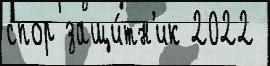
спор защи́тн'ик 2022